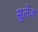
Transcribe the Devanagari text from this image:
सुलेज